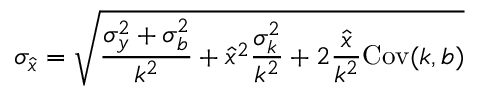
\sigma _ { \hat { x } } = \sqrt { \frac { \sigma _ { y } ^ { 2 } + \sigma _ { b } ^ { 2 } } { k ^ { 2 } } + \hat { x } ^ { 2 } \frac { \sigma _ { k } ^ { 2 } } { k ^ { 2 } } + 2 \frac { \hat { x } } { k ^ { 2 } } \mathrm { C o v } ( k , b ) }